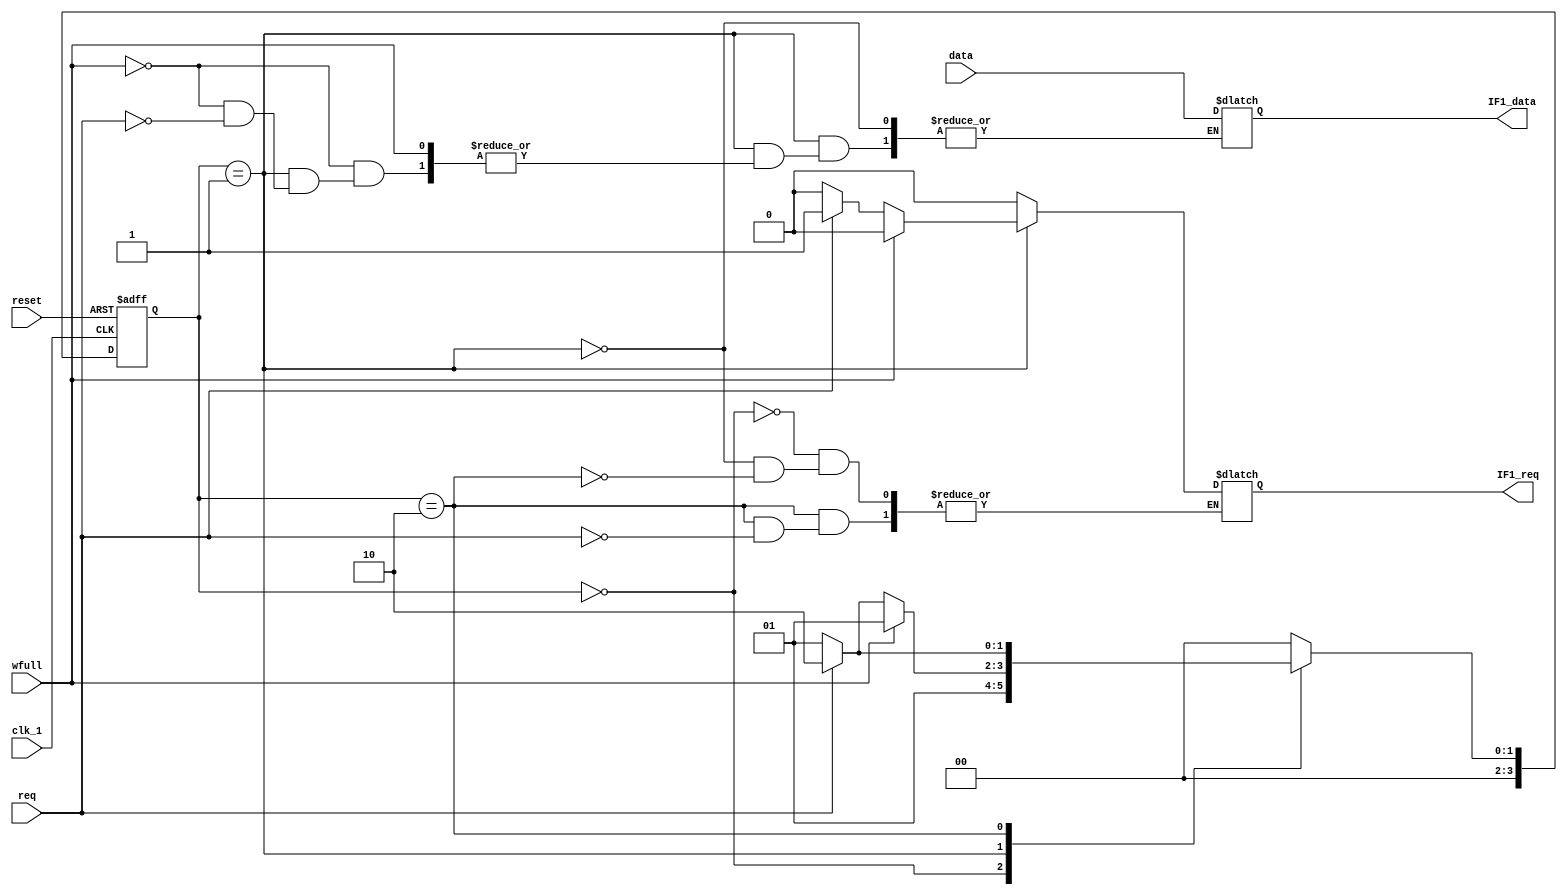
module FIFO_IF1
(
input clk_1,
input reset,
input req,
input [3:0]data,
input wfull,
output reg IF1_req,
output reg [3:0]IF1_data
);


reg [3:0] current_state,next_state;


parameter
IDLE = 4'd0,
REQ_ACTIVE = 4'd1,
REQ_RELEASE = 4'd2;


always@(posedge clk_1 or negedge reset)
begin
if(!reset)
current_state <= IDLE;
else
current_state <= next_state;
end


always@(*)
begin
next_state = IDLE;
case(current_state)
IDLE :
begin
IF1_req = 1'b0;
next_state = REQ_ACTIVE;
end
REQ_ACTIVE :
begin
if(wfull)
begin
IF1_req = 1'b0;
IF1_data = IF1_data;
next_state = REQ_ACTIVE;
end
else if(req)
begin
IF1_data = data;
IF1_req = 1'b1;
next_state = REQ_RELEASE;
end
else
begin
IF1_req = 1'b0;
next_state = REQ_ACTIVE;
end
end
REQ_RELEASE :
begin
if(!req)
next_state = REQ_ACTIVE;
else
begin
IF1_req = 1'b0;
next_state = REQ_RELEASE;
end
end
default :
next_state = IDLE;
endcase
end


endmodule